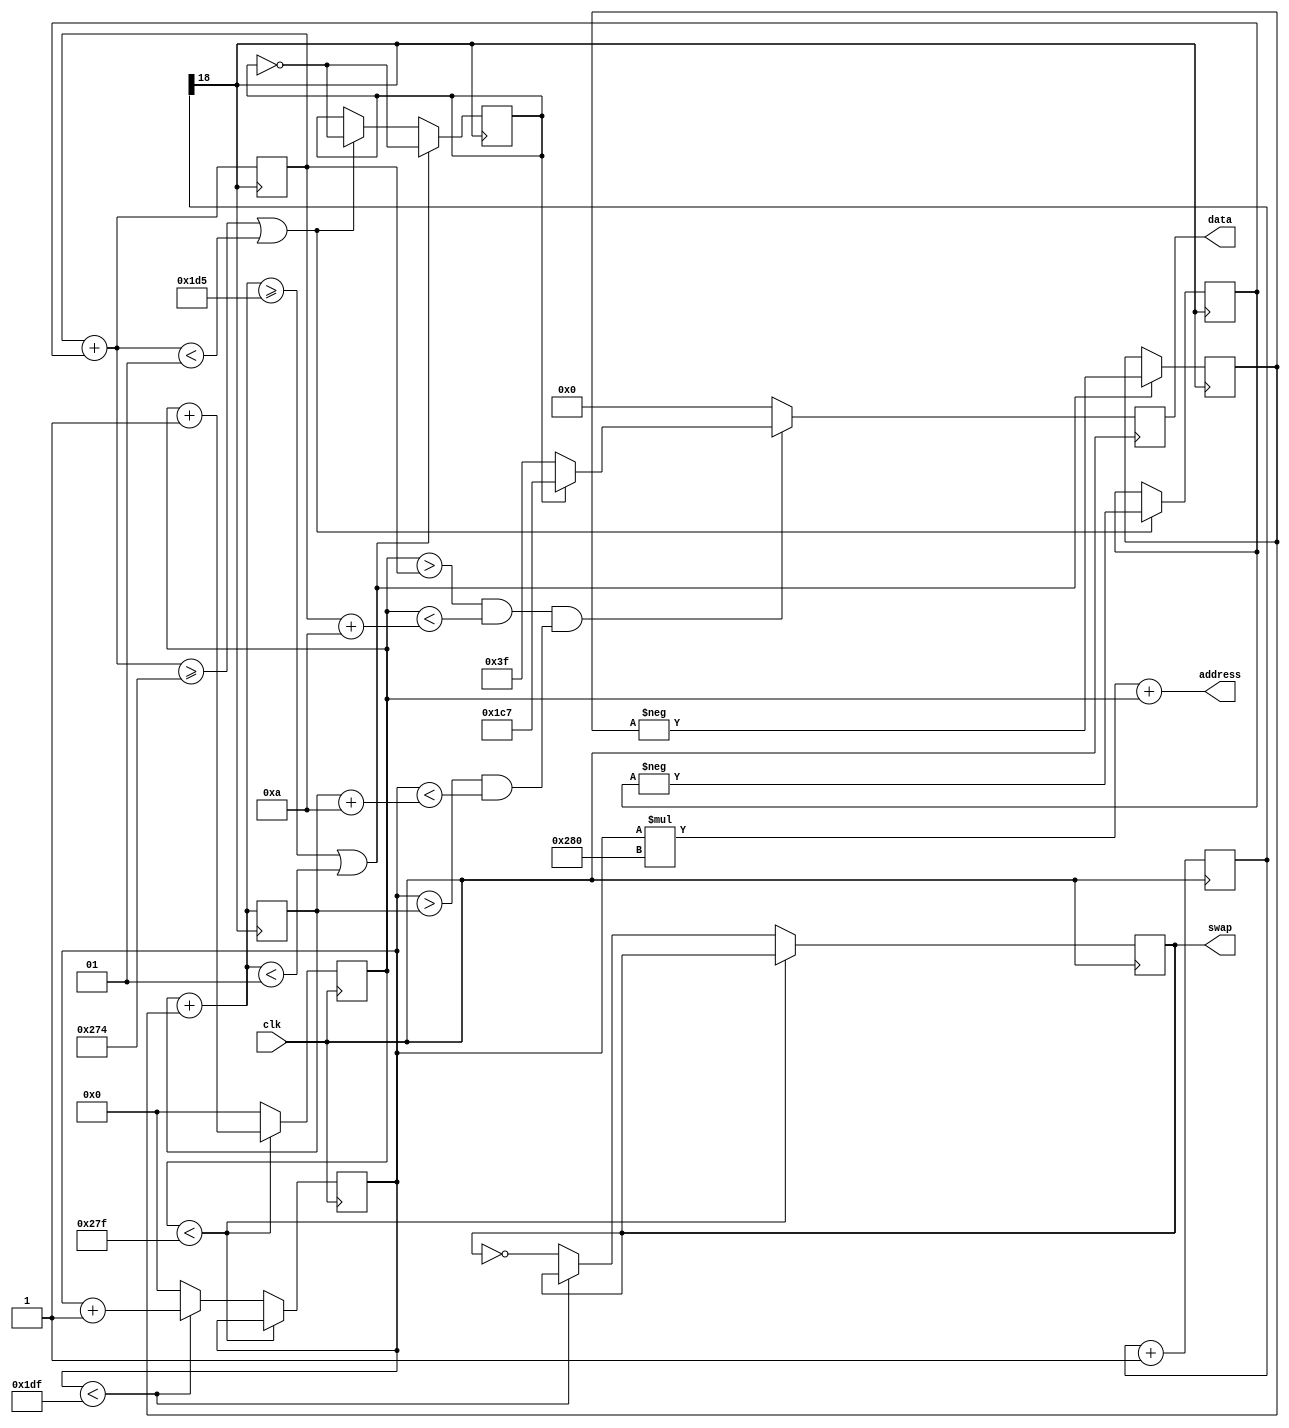
module BouncingBall (
    input wire clk,
    output reg swap,
    output reg [8:0] data,
    output reg [18:0] address
);

reg [2:0] color_r = 3'b000;
reg [2:0] color_g = 3'b000;
reg [2:0] color_b = 3'b000;

reg [9:0] posy = 0;
reg [9:0] posx = 0;
reg [9:0] counter;

always @* begin
    address = (posy * 640) + posx;
end




reg [9:0] speed;
reg dir;
reg [31:0] cnt;
initial begin
    cnt <= 32'h00000000; 
end
always @(posedge clk) begin
    cnt <= cnt + 1; 
end

always @(posedge cnt[19]) begin
    if (dir == 1'b0) begin
        if (speed < 10'd620) begin
            speed <= speed + 1;
        end else begin
            dir <= 1'b1;
        end
    end else begin
        if (speed > 10'd0) begin
            speed <= speed - 1;
        end else begin
            dir <= 1'b0;
        end
    end
end

always @(posedge clk) begin
    if (posx < 639) begin
        posx <= posx + 1;
    end else if (posy < 479) begin
        posx <= 0;
        posy <= posy + 1;
    end else begin
        posx <= 0;
        posy <= 0;
		  swap <= ~swap;
    end

end


integer dx = 1;
integer dy = -1;

integer x = 320;
integer y = 240;

integer ballSize = 10;

reg color = 0;


always @(posedge cnt[18]) begin
	 if (x + dx >= 638 - ballSize || x + dx < 1) begin
		dx <= -dx;
		color <= ~color;
	 end
	 
	 if (y + dy >= 479 - ballSize || y + dy < 1) begin
		dy <= -dy;
		color <= ~color;
	 end

	 x <= x + dx;
    y <= y + dy;
end


always @(posedge clk) begin
	 
	 if ((posx > (x) && posx < (x + 10)) && (posy > (y) && posy < (y + 10))) begin
			if(color == 0) data <= {3'b000, 3'b111, 3'b111};
			if(color == 1) data <= {3'b111, 3'b000, 3'b111};
	 end else begin
			data <= {3'b000, 3'b000, 3'b000};
	 end

end

endmodule